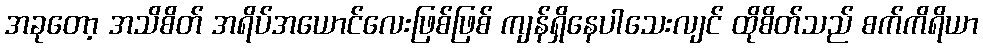
အခုတော့ အသိစိတ် အရိပ်အယောင်လေးဖြစ်ဖြစ် ကျန်ရှိနေပါသေးလျင် ထိုစိတ်သည် စက်ကိရိယာ